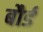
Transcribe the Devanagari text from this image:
बौर्ड